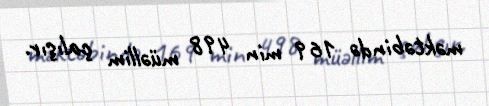
məktəbində 169 min 498 müəllim çalışır.